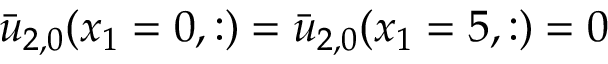
\bar { u } _ { 2 , 0 } ( x _ { 1 } = 0 , : ) = \bar { u } _ { 2 , 0 } ( x _ { 1 } = 5 , : ) = 0